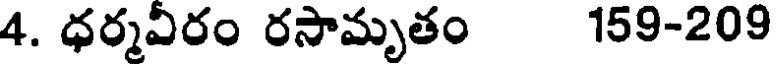
4. ధర్మవీరం రసామృతం 159-209